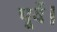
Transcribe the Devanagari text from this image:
पूर्वे।